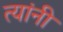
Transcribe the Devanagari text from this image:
त्यांनी